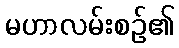
မဟာလမ်းစဉ်၏